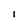
Character: 1